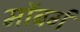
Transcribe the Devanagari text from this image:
माॅबर्ग